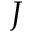
J